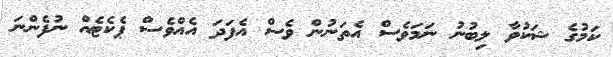
ކަމުގެ ޝަކުވާ ލިބުނު ނަމަވެސް އެތަނުން ވެސް އެފަދަ އެއްވެސް ޕެކެޓެއް ނުފެންނަ